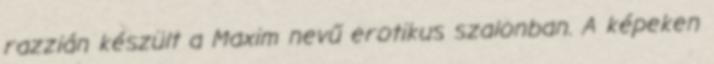
razzián készült a Maxim nevű erotikus szalonban. A képeken